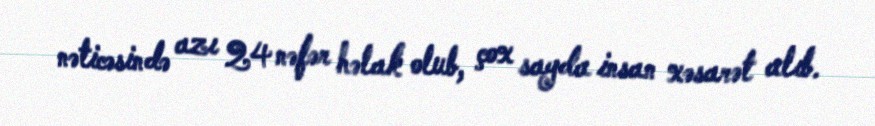
nəticəsində azı 24 nəfər həlak olub, çox sayda insan xəsarət alıb.